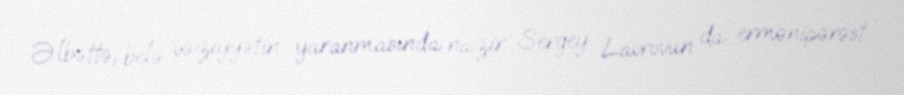
Əlbəttə, belə vəziyyətin yaranmasında nazir Sergey Lavrovun da ermənipərəst